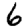
Digit: 6